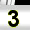
Digit: 3